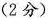
(2分)